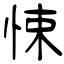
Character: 悚